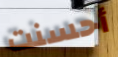
أحسنت